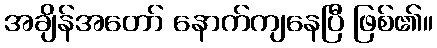
အချိန်အတော် နောက်ကျနေပြီ ဖြစ်၏။